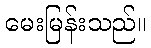
မေးမြန်းသည်။